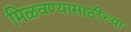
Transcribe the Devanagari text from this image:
मिळवण्यासाठीच्या